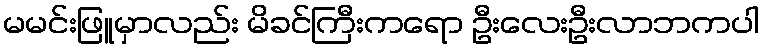
မမင်းဖြူမှာလည်း မိခင်ကြီးကရော ဦးလေးဦးလာဘကပါ